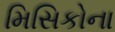
મિસિકોના